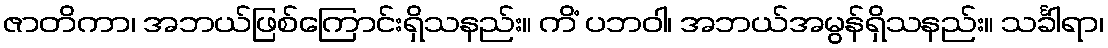
ဇာတိကာ၊ အဘယ်ဖြစ်ကြောင်းရှိသနည်း။ ကိံ ပဘဝါ၊ အဘယ်အမွန်ရှိသနည်း။ သင်္ခါရာ၊